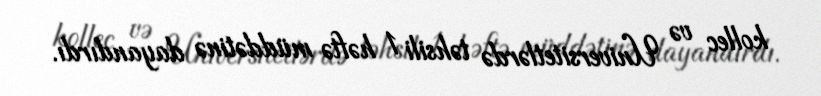
kollec və Universitetlərdə təhsili 1 həftə müddətinə dayandırdı.